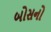
બોસનો